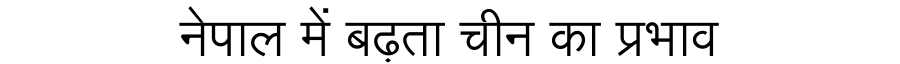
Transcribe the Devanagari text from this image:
नेपाल में बढ़ता चीन का प्रभाव